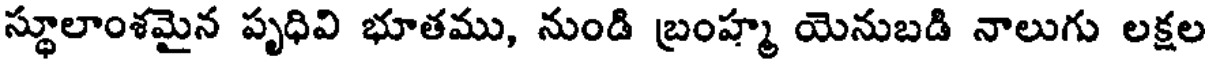
స్థూలాంశమైన పృధివి భూతము, నుండి బ్రంహ్మ యెనుబడి నాలుగు లక్షల